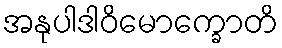
အနုပါဒါဝိမောက္ခောတိ